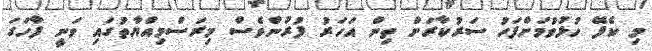
މި ކެފޭ ހުޅުވުމަށްފަހު ސަރުކާރަށް ތިން އަހަރު ފުރުންވެސް މިރަސްމިއްޔާތުގައި ވަނީ ފާހަގަ